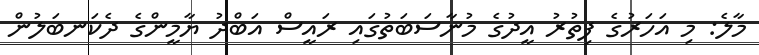
މާލެ: މި އަހަރުގެ ފިތުރު އީދުގެ މުނާސަބަތުގައި ރައީސް އަބްދު ޔާމީންގެ ދެކަނބަލުން